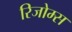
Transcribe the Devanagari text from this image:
रिजोम्‍स